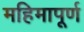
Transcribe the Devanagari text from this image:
महिमापूर्ण